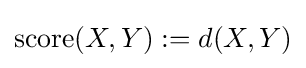
\operatorname {score} (X,Y):=d(X,Y)